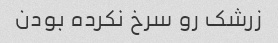
زرشک رو سرخ نکرده بودن